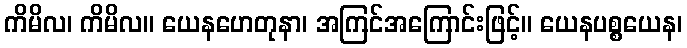
ကိမိလ၊ ကိမိလ။ ယေနဟေတုနာ၊ အကြင်အကြောင်းဖြင့်။ ယေနပစ္စယေန၊